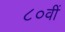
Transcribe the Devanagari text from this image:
८०वीं